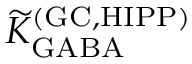
{ \widetilde K } _ { \mathrm { G A B A } } ^ { \mathrm { ( G C , H I P P ) } }